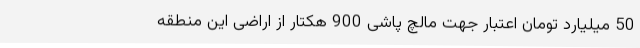
50 میلیارد تومان اعتبار جهت مالچ پاشی 900 هکتار از اراضی این منطقه